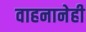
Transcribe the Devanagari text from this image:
वाहनानेही